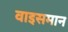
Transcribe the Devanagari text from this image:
वाइसमान